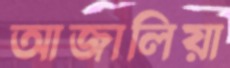
আজালিয়া